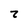
Character: 2